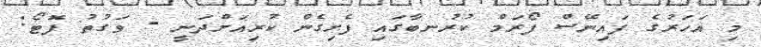
މި އަހަރުގެ ފައިނޭސް ފޯރަމް ކުރުނބާގައި ފެށިގެން ކުރިއަށްދަނީ - ވަގުތު ފޮޓޯ: